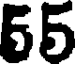
55